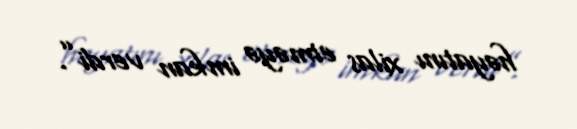
həyatını xilas etməyə imkan verdi”.